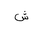
Letter: _shin